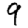
Digit: 9